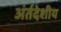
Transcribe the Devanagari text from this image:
अंर्तदेशीय